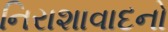
નિરાશાવાદનો